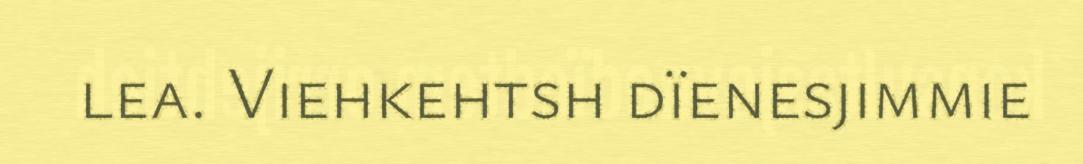
lea. Viehkehtsh dïenesjimmie